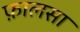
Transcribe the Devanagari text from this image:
फ़ालसा